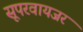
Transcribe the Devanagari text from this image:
सूपरवायजर